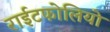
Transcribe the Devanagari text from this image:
राईटफोलियो